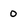
Character: 0